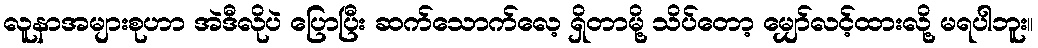
လူနာအများစုဟာ အဲဒီလိုပဲ ပြောပြီး ဆက်သောက်လေ့ ရှိတာမို့ သိပ်တော့ မျှော်လင့်ထားလို့ မရပါဘူး။